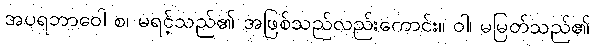
အပရဘာဝေါ စ၊ မရင့်သည်၏ အဖြစ်သည်လည်းကောင်း။ ဝါ၊ မမြတ်သည်၏